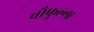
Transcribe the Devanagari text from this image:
चौफुल्ला